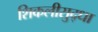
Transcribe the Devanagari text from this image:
शिकलीसुद्धा